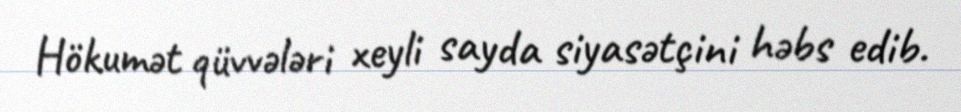
Hökumət qüvvələri xeyli sayda siyasətçini həbs edib.